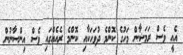
އެއީ ވެސް ރަމަޟާން މަހުގެ ކޮންމެ ދުވަހަކާއި ކޮންމެ ރެއެއްގައި ވެސް އިންސާނުން